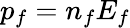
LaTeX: p_{f}=n_{f}E_{f}